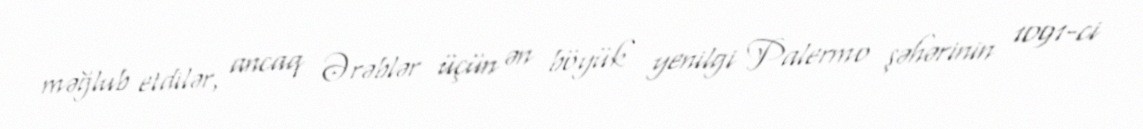
məğlub etdilər, ancaq Ərəblər üçün ən böyük yenilgi Palermo şəhərinin 1091-ci